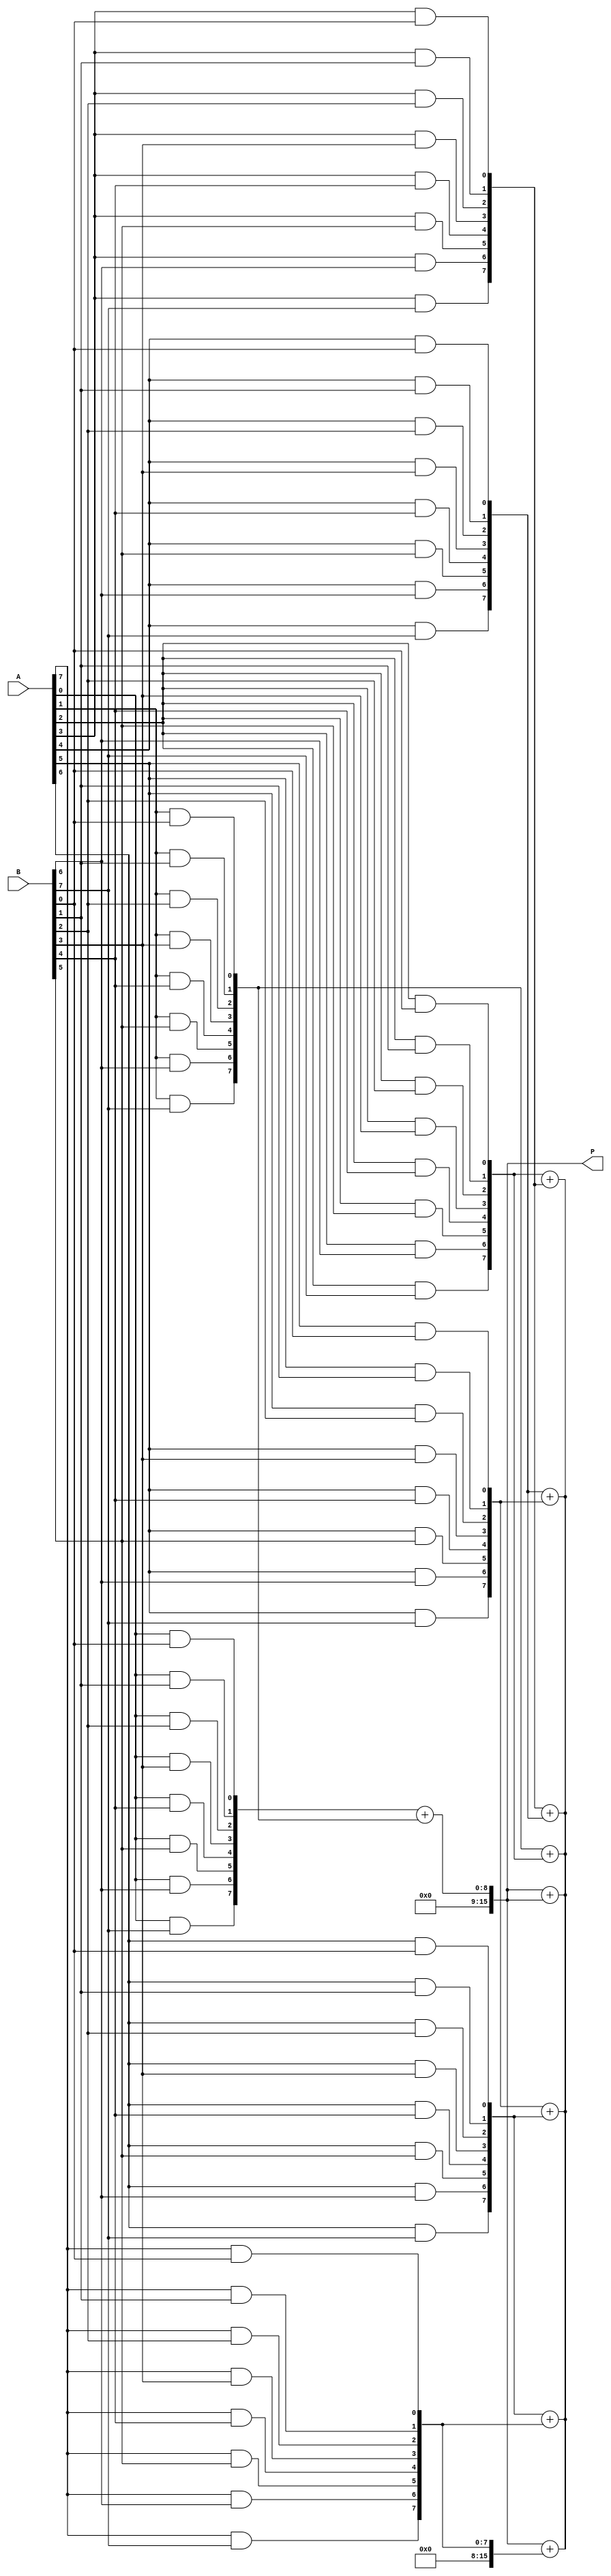
module scalable_wallace_tree_multiplier #(parameter N = 8) (
    input  wire [N-1:0] A,
    input  wire [N-1:0] B,
    output wire [2*N-1:0] P
);

    // Generate partial products
    wire [N-1:0] pp [0:N-1]; // Partial products
    genvar i, j;
    generate
        for (i = 0; i < N; i = i + 1) begin : pp_gen
            for (j = 0; j < N; j = j + 1) begin : pp_bit
                assign pp[i][j] = A[i] & B[j];
            end
        end
    endgenerate

    // Wallace Tree Reduction
    wire [N-1:0] sum [0:N-1]; // Sums from CSAs
    wire [N-1:0] carry [0:N-1]; // Carries from CSAs
    wire [N-1:0] temp_sum, temp_carry;

    // Initial stage of CSAs
    generate
        for (i = 0; i < N; i = i + 1) begin : CSA_stage_1
            if (i < N-1) begin
                assign {carry[i], sum[i]} = pp[i] + pp[i+1];
            end else begin
                assign sum[i] = pp[i];
                assign carry[i] = {N{1'b0}};
            end
        end
    endgenerate

    // Further stages of CSAs
    genvar stage;
    for (stage = 1; stage < N; stage = stage + 1) begin : CSA_reduction
        for (i = 0; i < N - stage; i = i + 1) begin : CSA
            assign {temp_carry, temp_sum} = {carry[i], sum[i]} + {carry[i+1], sum[i+1]};
            assign carry[i] = temp_carry;
            assign sum[i] = temp_sum;
        end
    end

    // Final addition of the last two sums and carries
    wire [2*N-1:0] final_sum;
    assign final_sum = {carry[0], sum[0]} + {1'b0, carry[1], sum[1]};

    // Assign final product
    assign P = final_sum;

endmodule